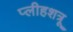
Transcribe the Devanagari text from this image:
प्लीहशत्रू